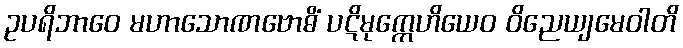
ဥပရိဘာဝေ မဟာသောဏဗောဓိံ ပဋိမုက္ကေဟိယေဝ ဝိညေယျမေဝါတိ